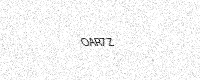
Text: OAR7Z